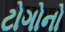
ટોગોનો